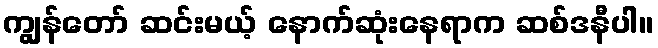
ကျွန်တော် ဆင်းမယ့် နောက်ဆုံးနေရာက ဆစ်ဒနီပါ။